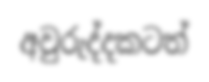
අවුරුද්දකටත්